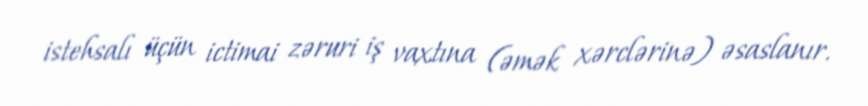
istehsalı üçün ictimai zəruri iş vaxtına (əmək xərclərinə) əsaslanır.